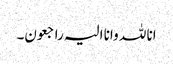
انا للہ وانا الیہ راجعون۔